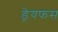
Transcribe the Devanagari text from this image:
ड्रेयफस